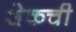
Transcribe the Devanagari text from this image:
शेकची